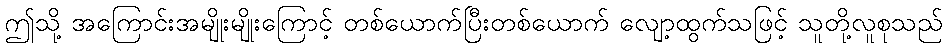
ဤသို့ အကြောင်းအမျိုးမျိုးကြောင့် တစ်ယောက်ပြီးတစ်ယောက် လျော့ထွက်သဖြင့် သူတို့လူစုသည်